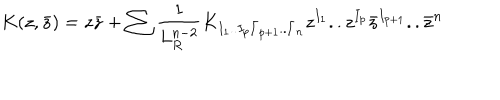
K ( z , \bar { z } ) = z \bar { z } + \sum { \frac { 1 } { L _ { R } ^ { n - 2 } } } K _ { I _ { 1 } . . I _ { p } \bar { I } _ { p + 1 } . . \bar { I } _ { n } } z ^ { I _ { 1 } } . . z ^ { I _ { p } } \bar { z } ^ { I _ { p + 1 } } . . \bar { z } ^ { n }